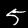
Digit: 5